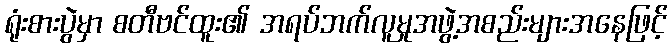
ရုံးစားပွဲမှာ စတီဗင်ထူး၏ အရပ်ဘက်လူမှုအဖွဲ့အစည်းများအနေဖြင့်